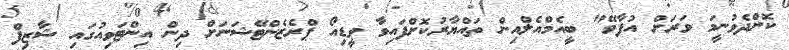
ކޮށްދެވުނީމަ ވަރަށް އުފާވޭ" ބީއެމްއެލްއިން ތައްޔާރުކޮށްފައިވާ ވީޑިއޯ ޕްރެޒެންޓޭޝަނަށް ދިން އިންޓަވިއުގައި ޝާޒިފް